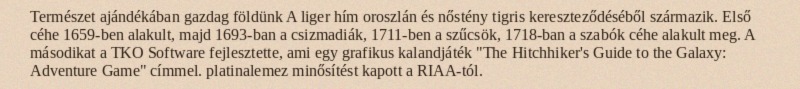
Természet ajándékában gazdag földünk A liger hím oroszlán és nőstény tigris kereszteződéséből származik. Első céhe 1659-ben alakult, majd 1693-ban a csizmadiák, 1711-ben a szűcsök, 1718-ban a szabók céhe alakult meg. A másodikat a TKO Software fejlesztette, ami egy grafikus kalandjáték "The Hitchhiker's Guide to the Galaxy: Adventure Game" címmel. platinalemez minősítést kapott a RIAA-tól.